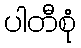
ပါတီစုံ